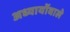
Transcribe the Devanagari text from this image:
अध्यायोंवाले